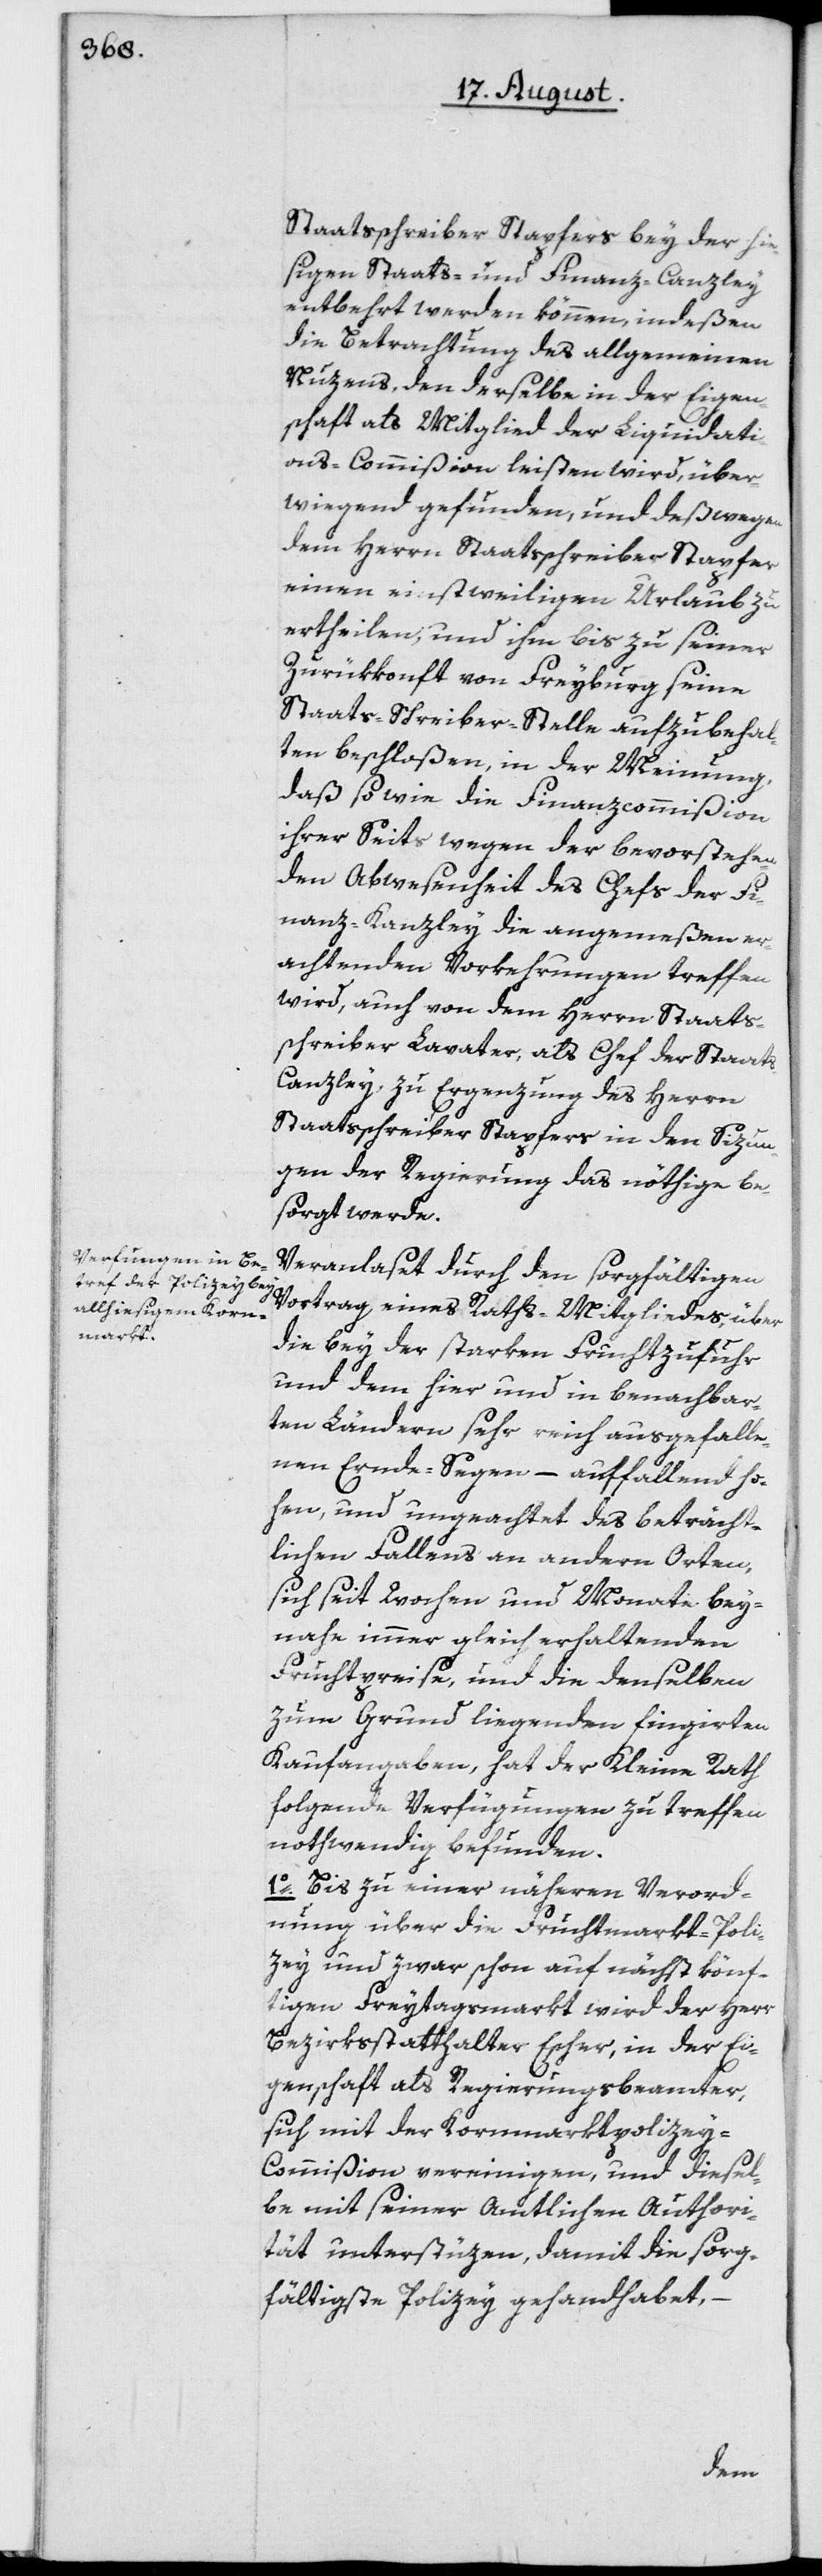
Staatsschreiber Stapfers bey der hi¬
esigen Staats- und Finanz-Canzley
entbehrt werden können, indeßen
die Betrachtung des allgemeinen
Nuzens, den derselbe in der Eigen¬
schaft als Mitglied der Liquidati¬
ons-Commißion leisten wird, über¬
wiegend gefunden, und deßwegen
dem Herrn Staatsschreiber Stapfer
einen einstweiligen Urlaub zu
ertheilen, und ihm bis zu seiner
Zurükkonft von Freyburg seine
Staats-Schreiber-Stelle aufzubehal¬
ten beschloßen, in der Meinung,
daß so wie die Finanzcommißion
ihrer Seits wegen der bevorstehen¬
den Abwesenheit des Chefs der Fi¬
nanz-Kanzley die angemeßen er¬
achtenden Vorkehrungen treffen
wird, auch von dem Herrn Staats¬
schreiber Lavater, als Chef der Staat¬
s-Canzley zu Ergenzung des Herrn
Staatsschreiber Stapfers in den Sizun¬
gen der Regierung das nöthige be¬
sorgt werde.
Veranlaset durch den sorgfältigen
Vortrag eines Raths-Mitgliedes, über
die bey der starken Fruchtzufuhr
und dem hier und in benachbar¬
ten Ländern sehr reich ausgefalle¬
nen Ernde-Segen – auffallend ho¬
hen, und ungeachtet des beträcht¬
lichen Fallens an andern Orten,
sich seit Wochen und Monate bey¬
nahe immer gleich erhaltenden
Fruchtpreise, und die denselben
zum Grund liegenden fingirten
Kaufangaben, hat der Kleine Rath
folgende Verfügungen zu treffen
nothwendig befunden:
1o. Bis zu einer nähern Verord¬
nung über die Fruchtmarkt-Poli¬
zey und zwar schon auf nächst könft¬
igen Freytagsmarkt wird der Herr
Bezirksstatthalter Escher, in der Ei¬
genschaft als Regierungsbeamter,
sich mit der Kornmarktpolize¬
y-Commißion vereinigen, und diesel¬
be mit seiner Amtlichen Authori¬
tät unterstüzen, damit die sorg¬
fältigste Polizey gehandhabet, –